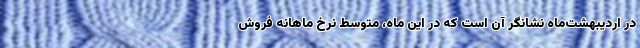
در اردیبهشت‌ماه نشانگر آن است که در این ماه، متوسط نرخ ماهانه فروش